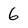
Character: 6